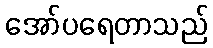
အော်ပရေတာသည်